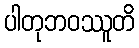
ပါတုဘဝဿူတိ